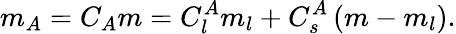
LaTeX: m_{A}=C_{A}m=C_{l}^{A}m_{l}+C_{s}^{A}\left(m-m_{l}\right).